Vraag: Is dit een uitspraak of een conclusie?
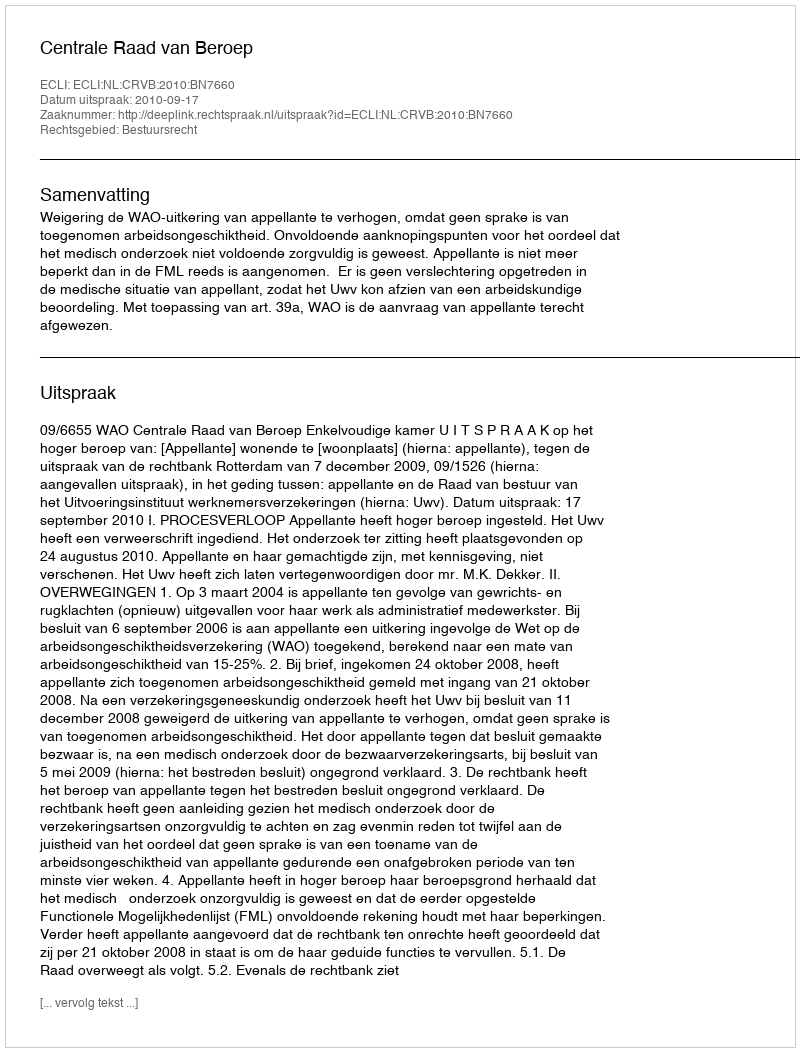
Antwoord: Uitspraak